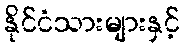
နိုင်ငံသားများနှင့်